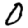
Digit: 0